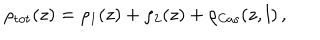
\rho _ { \mathrm { t o t } } ( z ) = \rho _ { 1 } ( z ) + \rho _ { 2 } ( z ) + \rho _ { \mathrm { C a s } } ( z , l ) \, ,